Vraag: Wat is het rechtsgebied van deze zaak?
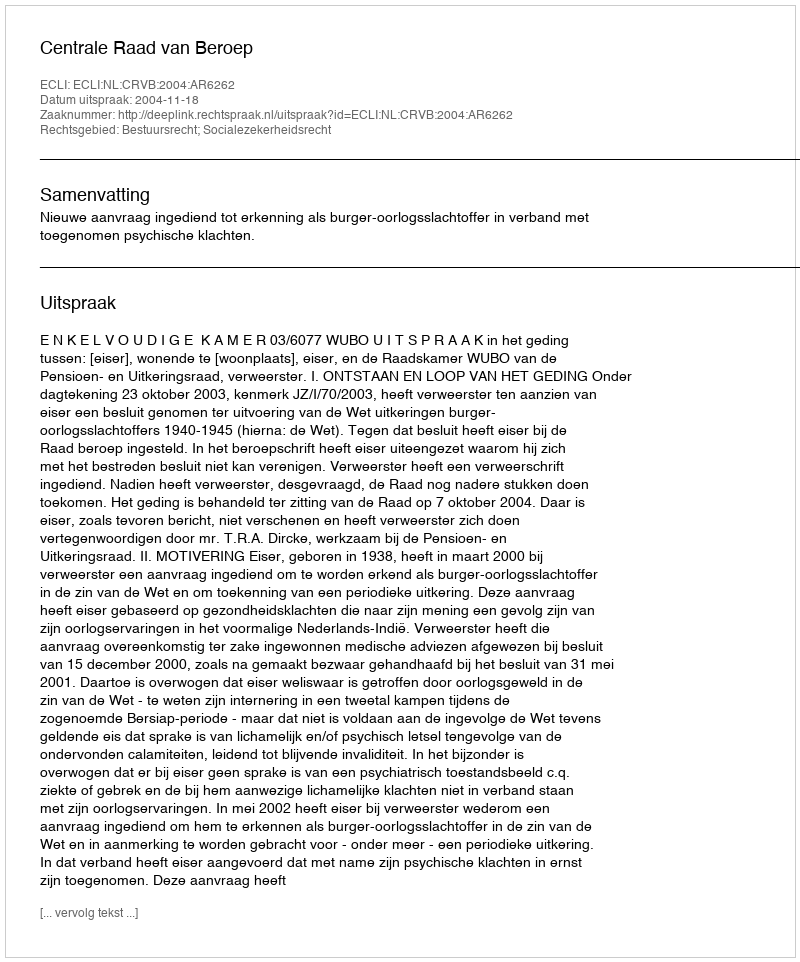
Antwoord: Bestuursrecht; Socialezekerheidsrecht